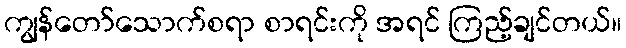
ကျွန်တော်သောက်စရာ စာရင်းကို အရင် ကြည့်ချင်တယ်။